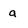
Character: a